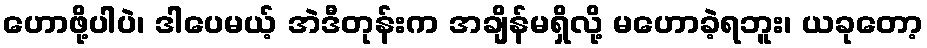
ဟောဖို့ပါပဲ၊ ဒါပေမယ့် အဲဒီတုန်းက အချိန်မရှိလို့ မဟောခဲ့ရဘူး၊ ယခုတော့